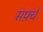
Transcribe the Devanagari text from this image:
सर्फ़्व